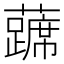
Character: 𰲔